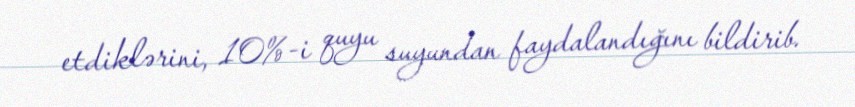
etdiklərini, 10%-i quyu suyundan faydalandığını bildirib.